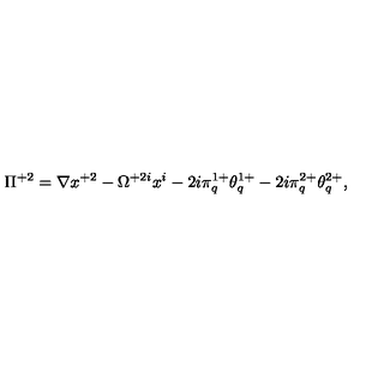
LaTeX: \Pi ^ { + 2 } = \nabla x ^ { + 2 } - \Omega ^ { + 2 i } x ^ { i } - 2 i \pi _ { q } ^ { 1 + } \theta _ { q } ^ { 1 + } - 2 i \pi _ { q } ^ { 2 + } \theta _ { q } ^ { 2 + } ,